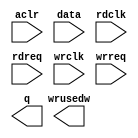
// megafunction wizard: %FIFO%VBB%
// GENERATION: STANDARD
// VERSION: WM1.0
// MODULE: dcfifo_mixed_widths 

// ============================================================
// Megafunction Name(s):
// 			dcfifo_mixed_widths
//
// Simulation Library Files(s):
// 			altera_mf
// ============================================================
// ************************************************************
// THIS IS A WIZARD-GENERATED FILE. DO NOT EDIT THIS FILE!
//
// 9.0 Build 132 02/25/2009 SJ Full Version
// ************************************************************

//Copyright (C) 1991-2009 Altera Corporation
//Your use of Altera Corporation's design tools, logic functions 
//and other software and tools, and its AMPP partner logic 
//functions, and any output files from any of the foregoing 
//(including device programming or simulation files), and any 
//associated documentation or information are expressly subject 
//to the terms and conditions of the Altera Program License 
//Subscription Agreement, Altera MegaCore Function License 
//Agreement, or other applicable license agreement, including, 
//without limitation, that your use is for the sole purpose of 
//programming logic devices manufactured by Altera and sold by 
//Altera or its authorized distributors.  Please refer to the 
//applicable agreement for further details.

module FIFO_OUT_8TO1 (
	aclr,
	data,
	rdclk,
	rdreq,
	wrclk,
	wrreq,
	q,
	wrusedw);

	input	  aclr;
	input	[15:0]  data;
	input	  rdclk;
	input	  rdreq;
	input	  wrclk;
	input	  wrreq;
	output	[0:0]  q;
	output	[6:0]  wrusedw;
`ifndef ALTERA_RESERVED_QIS
// synopsys translate_off
`endif
	tri0	  aclr;
`ifndef ALTERA_RESERVED_QIS
// synopsys translate_on
`endif

endmodule

// ============================================================
// CNX file retrieval info
// ============================================================
// Retrieval info: PRIVATE: AlmostEmpty NUMERIC "0"
// Retrieval info: PRIVATE: AlmostEmptyThr NUMERIC "-1"
// Retrieval info: PRIVATE: AlmostFull NUMERIC "0"
// Retrieval info: PRIVATE: AlmostFullThr NUMERIC "-1"
// Retrieval info: PRIVATE: CLOCKS_ARE_SYNCHRONIZED NUMERIC "0"
// Retrieval info: PRIVATE: Clock NUMERIC "4"
// Retrieval info: PRIVATE: Depth NUMERIC "64"
// Retrieval info: PRIVATE: Empty NUMERIC "1"
// Retrieval info: PRIVATE: Full NUMERIC "1"
// Retrieval info: PRIVATE: INTENDED_DEVICE_FAMILY STRING "Stratix II"
// Retrieval info: PRIVATE: LE_BasedFIFO NUMERIC "0"
// Retrieval info: PRIVATE: LegacyRREQ NUMERIC "0"
// Retrieval info: PRIVATE: MAX_DEPTH_BY_9 NUMERIC "0"
// Retrieval info: PRIVATE: OVERFLOW_CHECKING NUMERIC "0"
// Retrieval info: PRIVATE: Optimize NUMERIC "2"
// Retrieval info: PRIVATE: RAM_BLOCK_TYPE NUMERIC "2"
// Retrieval info: PRIVATE: SYNTH_WRAPPER_GEN_POSTFIX STRING "0"
// Retrieval info: PRIVATE: UNDERFLOW_CHECKING NUMERIC "0"
// Retrieval info: PRIVATE: UsedW NUMERIC "1"
// Retrieval info: PRIVATE: Width NUMERIC "16"
// Retrieval info: PRIVATE: dc_aclr NUMERIC "1"
// Retrieval info: PRIVATE: diff_widths NUMERIC "1"
// Retrieval info: PRIVATE: msb_usedw NUMERIC "1"
// Retrieval info: PRIVATE: output_width NUMERIC "1"
// Retrieval info: PRIVATE: rsEmpty NUMERIC "0"
// Retrieval info: PRIVATE: rsFull NUMERIC "0"
// Retrieval info: PRIVATE: rsUsedW NUMERIC "0"
// Retrieval info: PRIVATE: sc_aclr NUMERIC "0"
// Retrieval info: PRIVATE: sc_sclr NUMERIC "0"
// Retrieval info: PRIVATE: wsEmpty NUMERIC "0"
// Retrieval info: PRIVATE: wsFull NUMERIC "0"
// Retrieval info: PRIVATE: wsUsedW NUMERIC "1"
// Retrieval info: CONSTANT: ADD_USEDW_MSB_BIT STRING "ON"
// Retrieval info: CONSTANT: INTENDED_DEVICE_FAMILY STRING "Stratix II"
// Retrieval info: CONSTANT: LPM_HINT STRING "MAXIMIZE_SPEED=5,RAM_BLOCK_TYPE=M4K"
// Retrieval info: CONSTANT: LPM_NUMWORDS NUMERIC "64"
// Retrieval info: CONSTANT: LPM_SHOWAHEAD STRING "ON"
// Retrieval info: CONSTANT: LPM_TYPE STRING "dcfifo"
// Retrieval info: CONSTANT: LPM_WIDTH NUMERIC "16"
// Retrieval info: CONSTANT: LPM_WIDTHU NUMERIC "7"
// Retrieval info: CONSTANT: LPM_WIDTHU_R NUMERIC "11"
// Retrieval info: CONSTANT: LPM_WIDTH_R NUMERIC "1"
// Retrieval info: CONSTANT: OVERFLOW_CHECKING STRING "ON"
// Retrieval info: CONSTANT: RDSYNC_DELAYPIPE NUMERIC "4"
// Retrieval info: CONSTANT: UNDERFLOW_CHECKING STRING "ON"
// Retrieval info: CONSTANT: USE_EAB STRING "ON"
// Retrieval info: CONSTANT: WRITE_ACLR_SYNCH STRING "OFF"
// Retrieval info: CONSTANT: WRSYNC_DELAYPIPE NUMERIC "4"
// Retrieval info: USED_PORT: aclr 0 0 0 0 INPUT GND aclr
// Retrieval info: USED_PORT: data 0 0 16 0 INPUT NODEFVAL data[15..0]
// Retrieval info: USED_PORT: q 0 0 1 0 OUTPUT NODEFVAL q[0..0]
// Retrieval info: USED_PORT: rdclk 0 0 0 0 INPUT NODEFVAL rdclk
// Retrieval info: USED_PORT: rdreq 0 0 0 0 INPUT NODEFVAL rdreq
// Retrieval info: USED_PORT: wrclk 0 0 0 0 INPUT NODEFVAL wrclk
// Retrieval info: USED_PORT: wrreq 0 0 0 0 INPUT NODEFVAL wrreq
// Retrieval info: USED_PORT: wrusedw 0 0 7 0 OUTPUT NODEFVAL wrusedw[6..0]
// Retrieval info: CONNECT: @data 0 0 16 0 data 0 0 16 0
// Retrieval info: CONNECT: q 0 0 1 0 @q 0 0 1 0
// Retrieval info: CONNECT: @wrreq 0 0 0 0 wrreq 0 0 0 0
// Retrieval info: CONNECT: @rdreq 0 0 0 0 rdreq 0 0 0 0
// Retrieval info: CONNECT: @rdclk 0 0 0 0 rdclk 0 0 0 0
// Retrieval info: CONNECT: @wrclk 0 0 0 0 wrclk 0 0 0 0
// Retrieval info: CONNECT: wrusedw 0 0 7 0 @wrusedw 0 0 7 0
// Retrieval info: CONNECT: @aclr 0 0 0 0 aclr 0 0 0 0
// Retrieval info: LIBRARY: altera_mf altera_mf.altera_mf_components.all
// Retrieval info: GEN_FILE: TYPE_NORMAL FIFO_OUT_8TO1.v TRUE
// Retrieval info: GEN_FILE: TYPE_NORMAL FIFO_OUT_8TO1.inc FALSE
// Retrieval info: GEN_FILE: TYPE_NORMAL FIFO_OUT_8TO1.cmp FALSE
// Retrieval info: GEN_FILE: TYPE_NORMAL FIFO_OUT_8TO1.bsf TRUE FALSE
// Retrieval info: GEN_FILE: TYPE_NORMAL FIFO_OUT_8TO1_inst.v TRUE
// Retrieval info: GEN_FILE: TYPE_NORMAL FIFO_OUT_8TO1_bb.v TRUE
// Retrieval info: GEN_FILE: TYPE_NORMAL FIFO_OUT_8TO1_waveforms.html TRUE
// Retrieval info: GEN_FILE: TYPE_NORMAL FIFO_OUT_8TO1_wave*.jpg FALSE
// Retrieval info: LIB_FILE: altera_mf